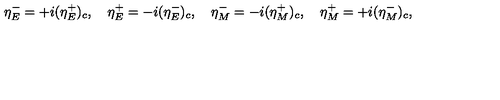
\eta _ { E } ^ { - } = + i ( \eta _ { E } ^ { + } ) _ { c } , \quad \eta _ { E } ^ { + } = - i ( \eta _ { E } ^ { - } ) _ { c } , \quad \eta _ { M } ^ { - } = - i ( \eta _ { M } ^ { + } ) _ { c } , \quad \eta _ { M } ^ { + } = + i ( \eta _ { M } ^ { - } ) _ { c } ,